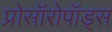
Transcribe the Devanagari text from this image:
प्रोसॉरोपॉड्स